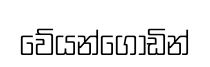
වේයන්ගොඩින්